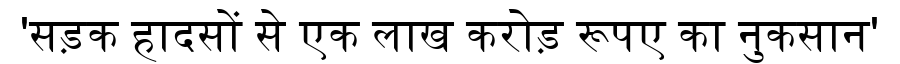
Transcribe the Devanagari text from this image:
'सड़क हादसों से एक लाख करोड़ रूपए का नुकसान'